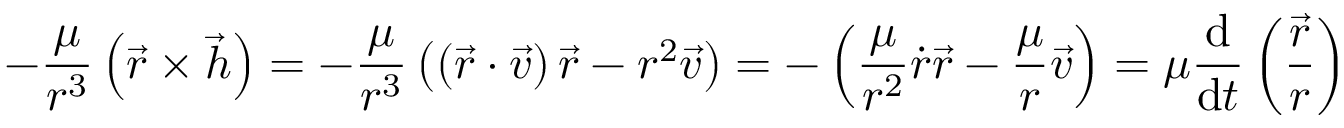
- { \frac { \mu } { r ^ { 3 } } } \left( { \vec { r } } \times { \vec { h } } \right) = - { \frac { \mu } { r ^ { 3 } } } \left( \left( { \vec { r } } \cdot { \vec { v } } \right) { \vec { r } } - r ^ { 2 } { \vec { v } } \right) = - \left( { \frac { \mu } { r ^ { 2 } } } { \dot { r } } { \vec { r } } - { \frac { \mu } { r } } { \vec { v } } \right) = \mu { \frac { \mathrm { d } } { \mathrm { d } t } } \left( { \frac { \vec { r } } { r } } \right)